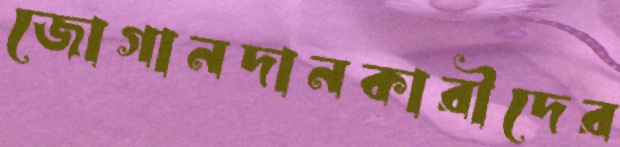
জোগানদানকারীদের